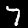
Digit: 7